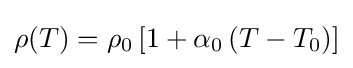
\operatorname {\rho } (T)=\rho _{0}\left[1+\alpha _{0}\left(T-T_{0}\right)\right]